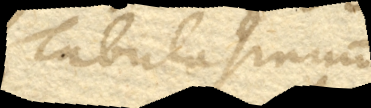
Tabula sinuum